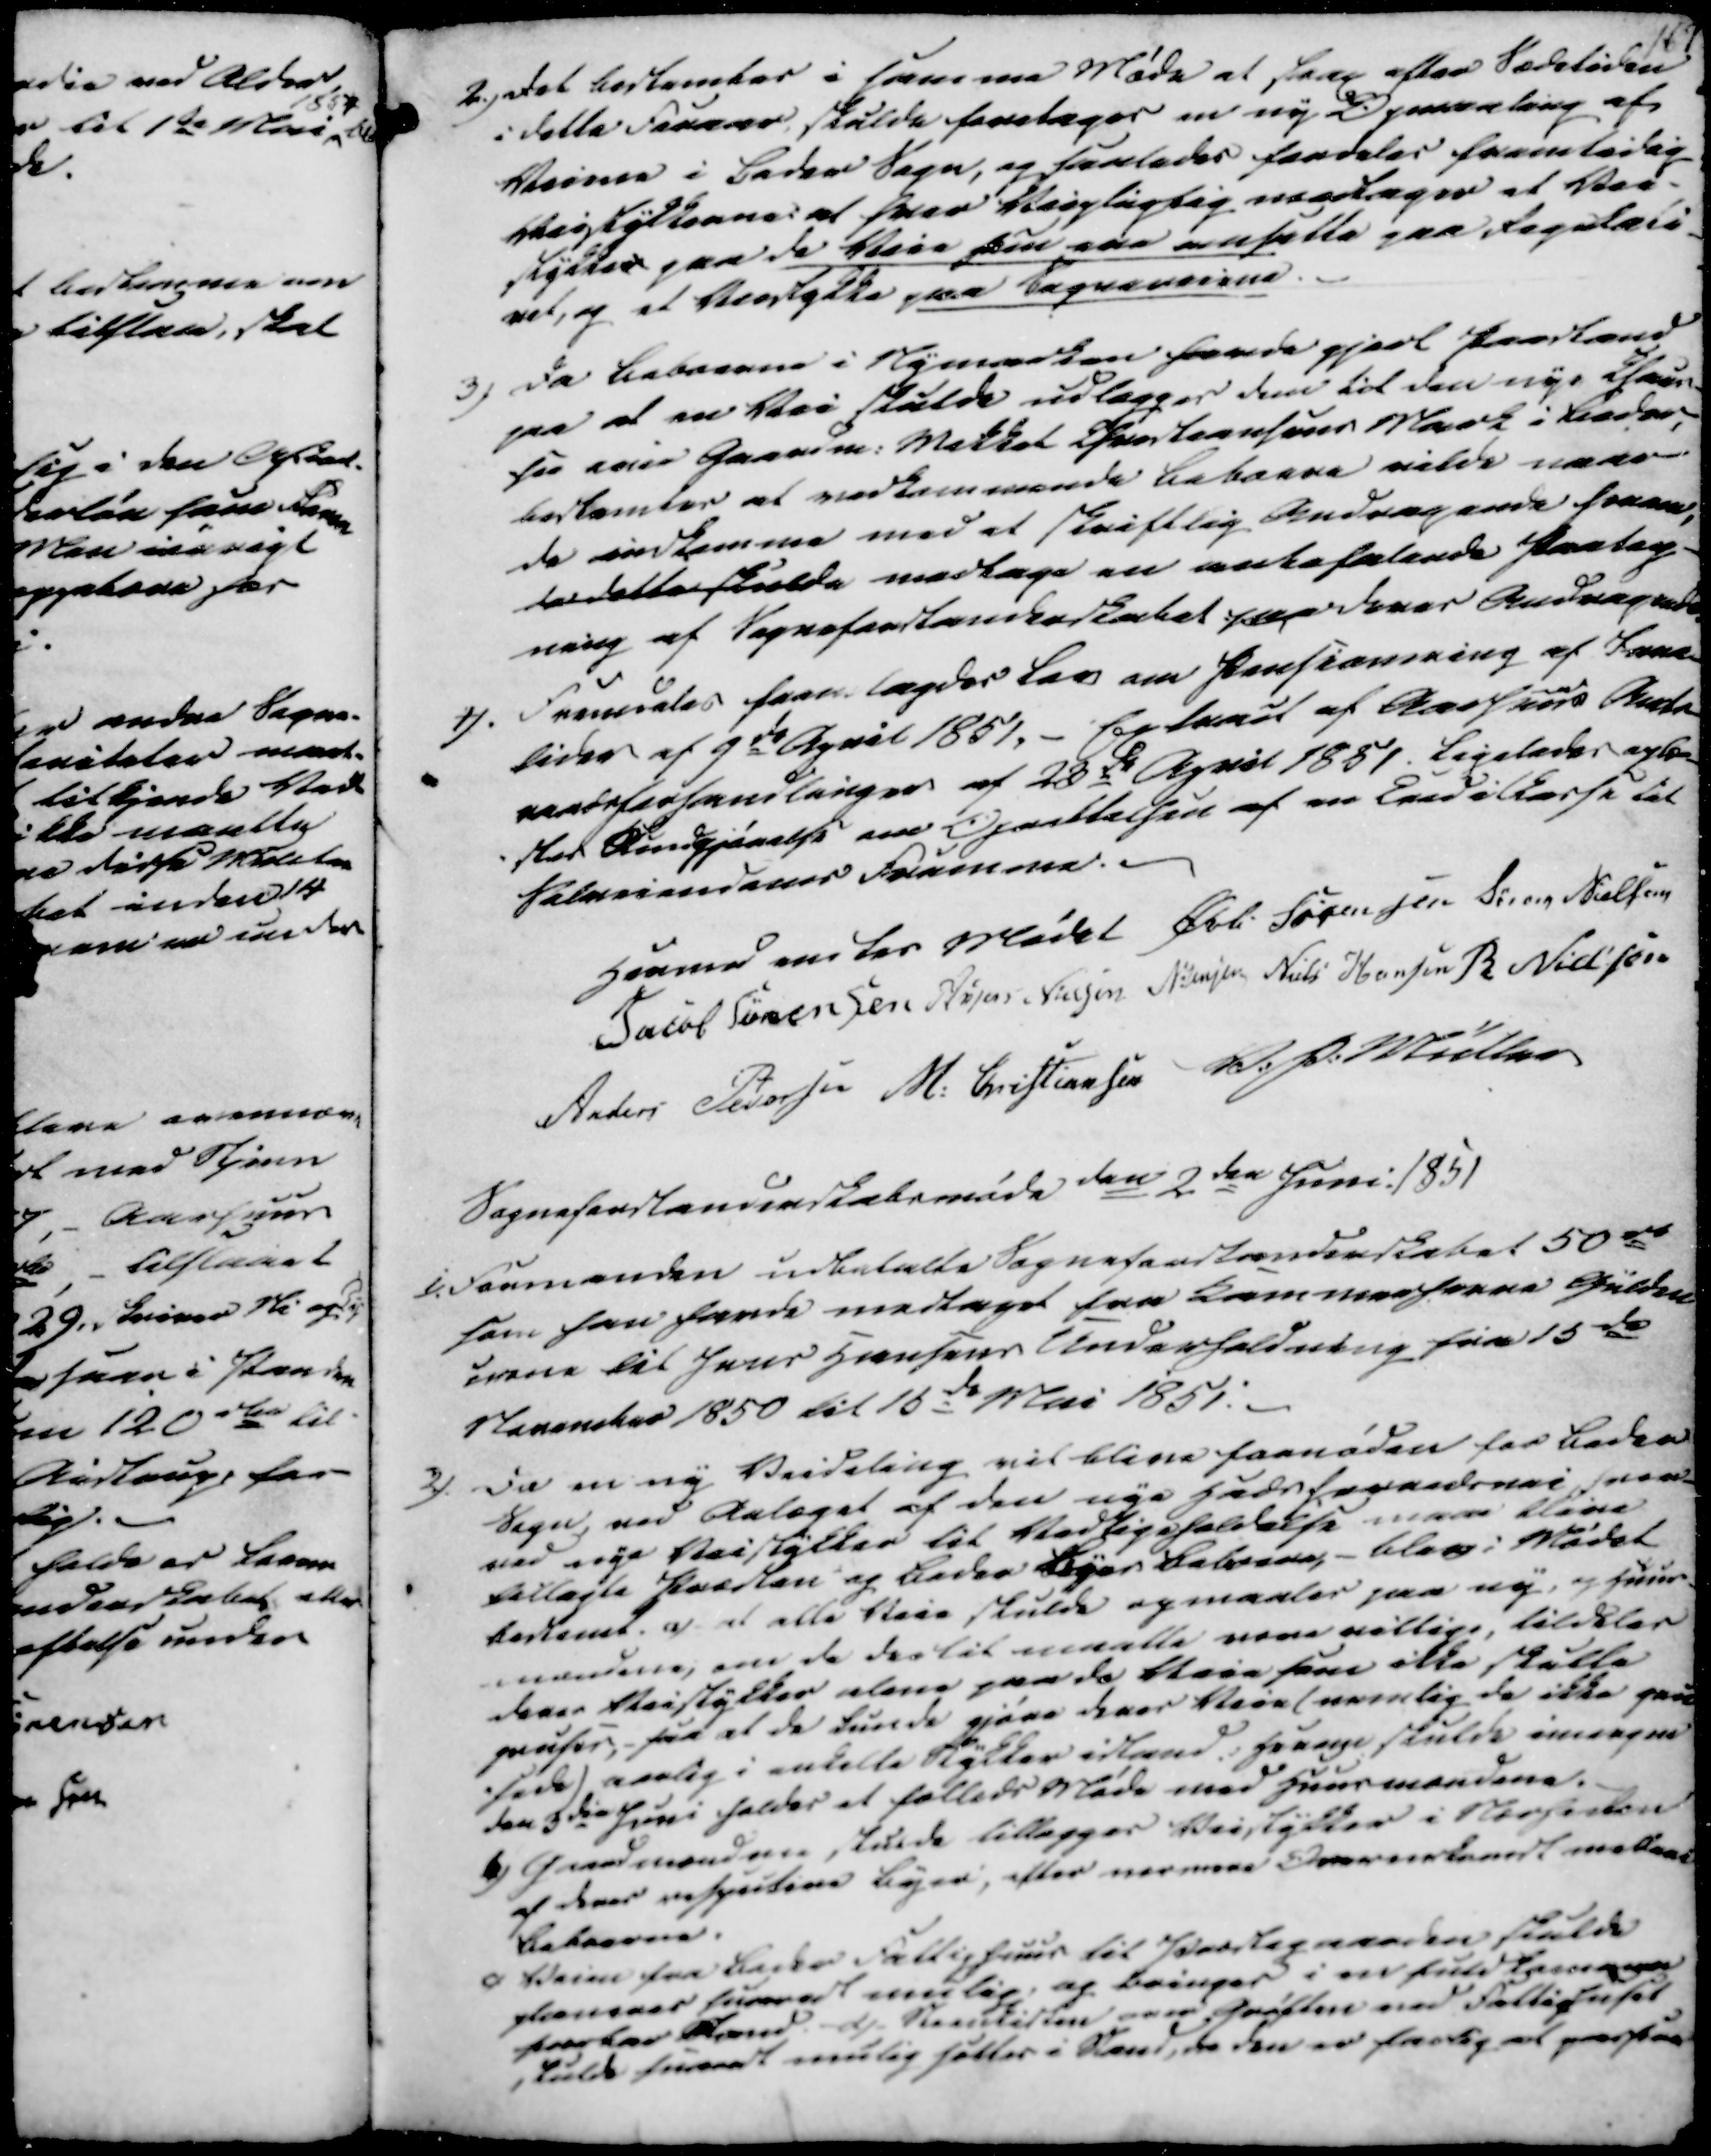
Transskription:
2.) Det bestemtes i samme Møde at strax efter Sædetiden
i dette Foraar skulde foretages en ny Opmaaling af
Veiene i Beder Sogn, og saaledes fordeles fremtidig
Veistykkerne at hver Veipligtig modtager et Vei-
stykkes paa de Veie som ere ansatte paa Regulati-
vet, og et Veistykke paa Sogneveiene.
3) Da Beboerne i Nymarken havde gjort Paastand
paa at en Vei skulde udlægges dem til den nye Chrus
ser evie Gaardm. Mikkel Christiansens Mark i Beder,
bestemtes at vedkommende Beboere vilde naar
de indkomme med et skriftlig Andragende herom,
da dette skulde modtage en anbefalende Paateg-
ning af Sogneforstanderskabet paa deres Andragende.
4). Fremdeles fremlagdes Lov om Pensionering af Jane-
lider af 9de April 1851, - Extract af Aarhuus Amts
raadsforsamlinger af 23de April 1851. Ligeledes oplæs-
stes Kundgjørelse om Oprettelsen af en Creditkasse til
Solmeiendenes Fremme

Hermed endtes Mødet
Øvli Sørensen
Søren Nielsen
Jacob Sørensen
Anders Nielsen
N. Jensen
Niels Hansen
R Nielsen
Anders Pedersen
M. Christiansen
V. P. Müller

Sogneforstanderskabsmøde den 2den Juni. 1851
1). Formanden udbetalte Sogneforstanderskabet 50 rd
som han havde modtaget fra Kammerherre Gülden
crone til Jens Hansens Underholdning fra 15de
November 1850 til 15de Mai 1851.
2) Da en ny Veideling vil blive fornøden for Beder
Sogn, ved Anlæget af den nye Hadsforredsvai frem-
ved nye Veistykker til Vedligeholdelse maae blive
tillagte Præsten og Beder Byes Beboere,- blev i Mødet
bestemt. a) at alle Veie skulde opmaales paa ny, og Huus-
mændene, om de dertil maatte vere villige, tildeles
deres Veistykker alene paa de Veie som ikke skulle
gruses,- saa at de kunde gjøre deres Veie (nemlig de ikke gru
-sede) aarlig i enkelte Stykker istand. Hensyn skulde imorgen
den 3die Juni holdes et fælleds Møde med Huusmændene.
b) Gaardmændene skulde tillægges Veistykker i Nærheden
af deres respective Byer, efter nærmere Overenskomst mellem
Beboerne.
c) Veien fra Beder Fattighuus til Præstegaarden skulde
planeres snarest mulig, og bringes i en Fuldkommen
farbar Stand. d) Steenkisten over grøften ved Fattighuset
skulde snarest mulig sættes i Stand, da den er farlig at passere